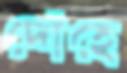
দোঁহে